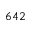
6 4 2